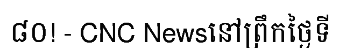
៨០! - CNC Newsនៅព្រឹកថ្ងៃទី